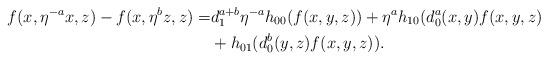
LaTeX: \begin{align*}f(x,\eta^{-a}x, z) -f(x, \eta^b z, z)=& d^{a+b}_1 \eta^{-a} h_{00}(f(x,y,z)) + \eta^{a}h_{10}(d^a_0(x,y)f(x,y,z)\\ &+ h_{01}(d^b_{0}(y,z)f(x,y,z)).\end{align*}